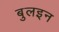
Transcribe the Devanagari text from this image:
बुलइन